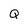
Character: Q